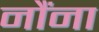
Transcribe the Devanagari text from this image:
नौंना